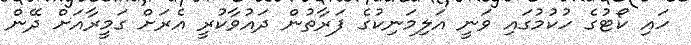
ހައި ކޯޓުގެ ހުކުމުގައި ވަނީ އަލިމަނިކުގެ ފަރާތުން ދައުވާކުރީ އެރަށް ގަމީރާއަށް ދޭން